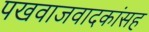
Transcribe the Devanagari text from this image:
पखवाजवादकांसह